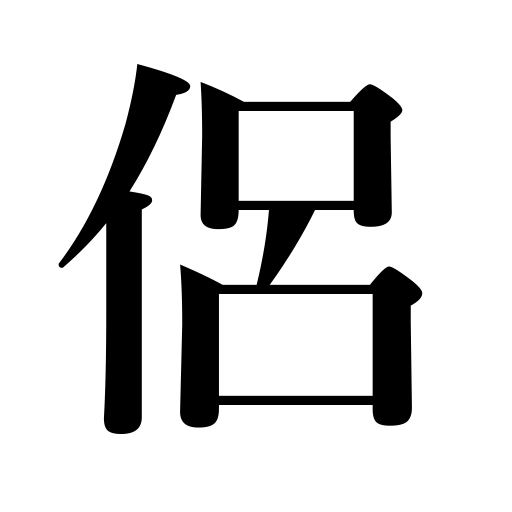
Meanings: follower,companion